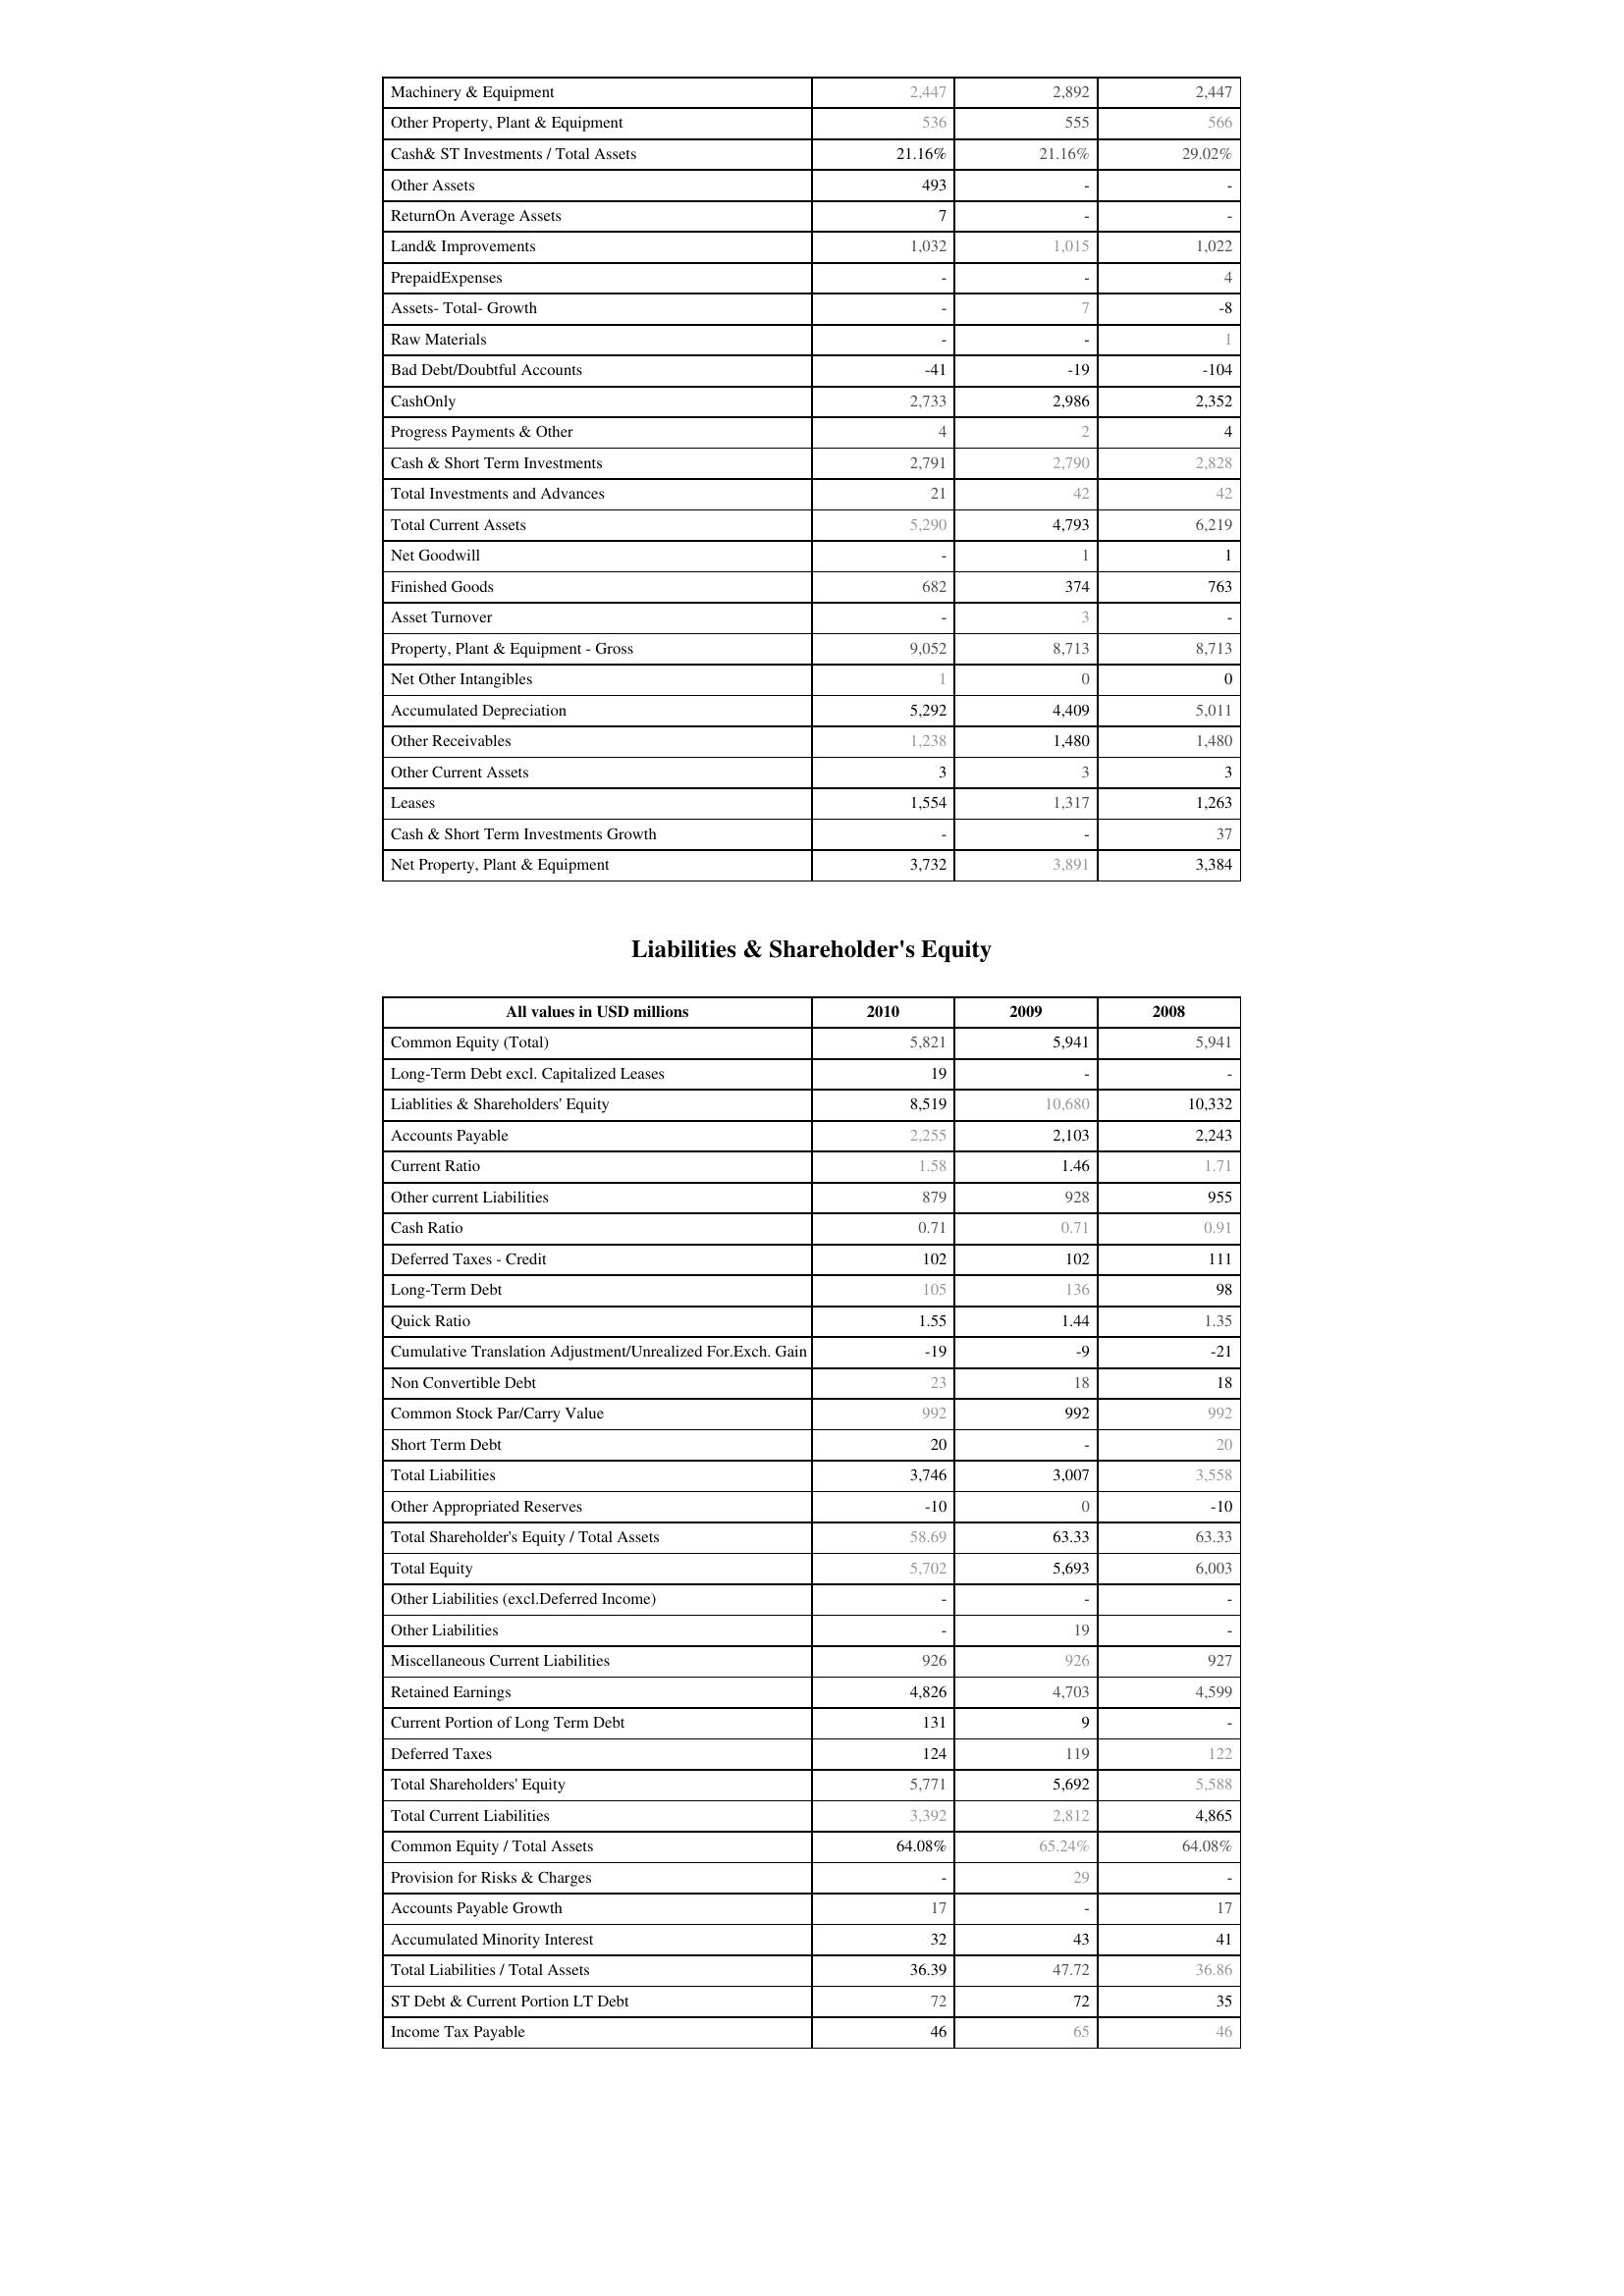
2010: Assets: Machinery & Equipment: 2,447
Other Property, Plant & Equipment: 536
Cash& ST Investments / Total Assets: 21.16%
Other Assets: 493
ReturnOn Average Assets: 7
Land& Improvements: 1,032
PrepaidExpenses: -
Assets- Total- Growth: -
Raw Materials: -
Bad Debt/Doubtful Accounts: -41
CashOnly: 2,733
Progress Payments & Other: 4
Cash & Short Term Investments: 2,791
Total Investments and Advances: 21
Total Current Assets: 5,290
Net Goodwill: -
Finished Goods: 682
Asset Turnover: -
Property, Plant & Equipment - Gross : 9,052
Net Other Intangibles: 1
Accumulated Depreciation: 5,292
Other Receivables: 1,238
Other Current Assets: 3
Leases: 1,554
Cash & Short Term Investments Growth: -
Net Property, Plant & Equipment: 3,732
Liabilities & Shareholder's Equity: Common Equity (Total): 5,821
Long-Term Debt excl. Capitalized Leases: 19
Liablities & Shareholders' Equity: 8,519
Accounts Payable: 2,255
Current Ratio: 1.58
Other current Liabilities: 879
Cash Ratio: 0.71
Deferred Taxes - Credit: 102
Long-Term Debt: 105
Quick Ratio: 1.55
Cumulative Translation Adjustment/Unrealized For.Exch. Gain: -19
Non Convertible Debt: 23
Common Stock Par/Carry Value: 992
Short Term Debt: 20
Total Liabilities: 3,746
Other Appropriated Reserves: -10
Total Shareholder's Equity / Total Assets: 58.69
Total Equity: 5,702
Other Liabilities (excl.Deferred Income): -
Other Liabilities: -
Miscellaneous Current Liabilities: 926
Retained Earnings: 4,826
Current Portion of Long Term Debt: 131
Deferred Taxes: 124
Total Shareholders' Equity: 5,771
Total Current Liabilities: 3,392
Common Equity / Total Assets: 64.08%
Provision for Risks & Charges: -
Accounts Payable Growth: 17
Accumulated Minority Interest: 32
Total Liabilities / Total Assets: 36.39
ST Debt & Current Portion LT Debt: 72
Income Tax Payable: 46
2009: Assets: Machinery & Equipment: 2,892
Other Property, Plant & Equipment: 555
Cash& ST Investments / Total Assets: 21.16%
Other Assets: -
ReturnOn Average Assets: -
Land& Improvements: 1,015
PrepaidExpenses: -
Assets- Total- Growth: 7
Raw Materials: -
Bad Debt/Doubtful Accounts: -19
CashOnly: 2,986
Progress Payments & Other: 2
Cash & Short Term Investments: 2,790
Total Investments and Advances: 42
Total Current Assets: 4,793
Net Goodwill: 1
Finished Goods: 374
Asset Turnover: 3
Property, Plant & Equipment - Gross : 8,713
Net Other Intangibles: 0
Accumulated Depreciation: 4,409
Other Receivables: 1,480
Other Current Assets: 3
Leases: 1,317
Cash & Short Term Investments Growth: -
Net Property, Plant & Equipment: 3,891
Liabilities & Shareholder's Equity: Common Equity (Total): 5,941
Long-Term Debt excl. Capitalized Leases: -
Liablities & Shareholders' Equity: 10,680
Accounts Payable: 2,103
Current Ratio: 1.46
Other current Liabilities: 928
Cash Ratio: 0.71
Deferred Taxes - Credit: 102
Long-Term Debt: 136
Quick Ratio: 1.44
Cumulative Translation Adjustment/Unrealized For.Exch. Gain: -9
Non Convertible Debt: 18
Common Stock Par/Carry Value: 992
Short Term Debt: -
Total Liabilities: 3,007
Other Appropriated Reserves: 0
Total Shareholder's Equity / Total Assets: 63.33
Total Equity: 5,693
Other Liabilities (excl.Deferred Income): -
Other Liabilities: 19
Miscellaneous Current Liabilities: 926
Retained Earnings: 4,703
Current Portion of Long Term Debt: 9
Deferred Taxes: 119
Total Shareholders' Equity: 5,692
Total Current Liabilities: 2,812
Common Equity / Total Assets: 65.24%
Provision for Risks & Charges: 29
Accounts Payable Growth: -
Accumulated Minority Interest: 43
Total Liabilities / Total Assets: 47.72
ST Debt & Current Portion LT Debt: 72
Income Tax Payable: 65
2008: Assets: Machinery & Equipment: 2,447
Other Property, Plant & Equipment: 566
Cash& ST Investments / Total Assets: 29.02%
Other Assets: -
ReturnOn Average Assets: -
Land& Improvements: 1,022
PrepaidExpenses: 4
Assets- Total- Growth: -8
Raw Materials: 1
Bad Debt/Doubtful Accounts: -104
CashOnly: 2,352
Progress Payments & Other: 4
Cash & Short Term Investments: 2,828
Total Investments and Advances: 42
Total Current Assets: 6,219
Net Goodwill: 1
Finished Goods: 763
Asset Turnover: -
Property, Plant & Equipment - Gross : 8,713
Net Other Intangibles: 0
Accumulated Depreciation: 5,011
Other Receivables: 1,480
Other Current Assets: 3
Leases: 1,263
Cash & Short Term Investments Growth: 37
Net Property, Plant & Equipment: 3,384
Liabilities & Shareholder's Equity: Common Equity (Total): 5,941
Long-Term Debt excl. Capitalized Leases: -
Liablities & Shareholders' Equity: 10,332
Accounts Payable: 2,243
Current Ratio: 1.71
Other current Liabilities: 955
Cash Ratio: 0.91
Deferred Taxes - Credit: 111
Long-Term Debt: 98
Quick Ratio: 1.35
Cumulative Translation Adjustment/Unrealized For.Exch. Gain: -21
Non Convertible Debt: 18
Common Stock Par/Carry Value: 992
Short Term Debt: 20
Total Liabilities: 3,558
Other Appropriated Reserves: -10
Total Shareholder's Equity / Total Assets: 63.33
Total Equity: 6,003
Other Liabilities (excl.Deferred Income): -
Other Liabilities: -
Miscellaneous Current Liabilities: 927
Retained Earnings: 4,599
Current Portion of Long Term Debt: -
Deferred Taxes: 122
Total Shareholders' Equity: 5,588
Total Current Liabilities: 4,865
Common Equity / Total Assets: 64.08%
Provision for Risks & Charges: -
Accounts Payable Growth: 17
Accumulated Minority Interest: 41
Total Liabilities / Total Assets: 36.86
ST Debt & Current Portion LT Debt: 35
Income Tax Payable: 46